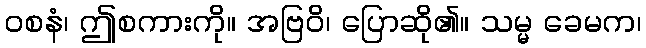
ဝစနံ၊ ဤစကားကို။ အဗြဝိ၊ ပြောဆို၏။ သမ္မ ခေမက၊